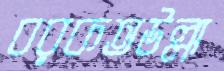
বরকতউল্লা